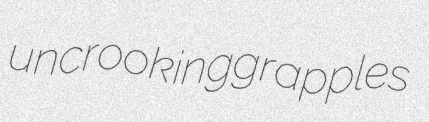
uncrooking grapples